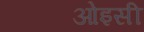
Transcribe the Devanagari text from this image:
ओइसी